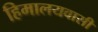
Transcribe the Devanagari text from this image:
हिमालयवासी